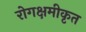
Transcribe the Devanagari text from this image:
रोगक्षमीकृत